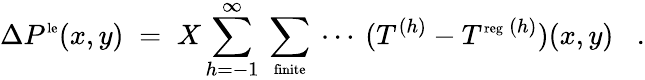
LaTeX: \Delta P^{\mathrm{\scriptsize{le}}}(x,y)\; =\; X\sum_{h=-1}^{\infty}\: \sum_{\mathrm{\scriptsize{finite}}}\: \cdots\: (T^{(h)}-T^{\mathrm{\scriptsize{reg}}\: (h)})(x,y)\; \; \; .